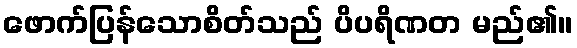
ဖောက်ပြန်သောစိတ်သည် ပိပရိဏတ မည်၏။